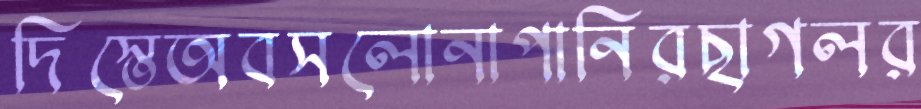
দিস্তেঅবসলোনাপানিরছাগলর